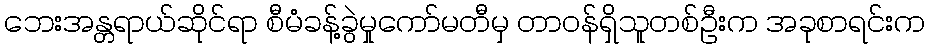
ဘေးအန္တရာယ်ဆိုင်ရာ စီမံခန့်ခွဲမှုကော်မတီမှ တာဝန်ရှိသူတစ်ဦးက အခုစာရင်းက